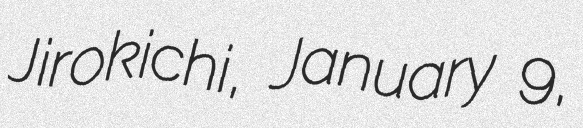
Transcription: Jirokichi, January 9,